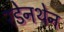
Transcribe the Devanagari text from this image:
रडेनथेन